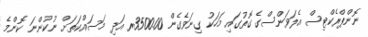
ނޮންޕްރެކްޓިސް އެލަވަންސްގެ ގޮތުގައި މަހަކު ގިނަވެގެން 3500.00ރ އަދި މަސައްކަތަށް ނުކުންނަ ކޮންމެ